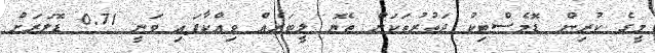
މީގެ ކުރިން ޑޮމެސްޓިކު ދަތުރުތަކަށް ތެޔޮ ލީޓަރެއް ވިއްކާފައި ވަނީ 0.71 ޑޮލަރަށް